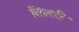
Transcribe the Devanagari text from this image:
तिलरी